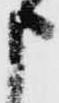
申